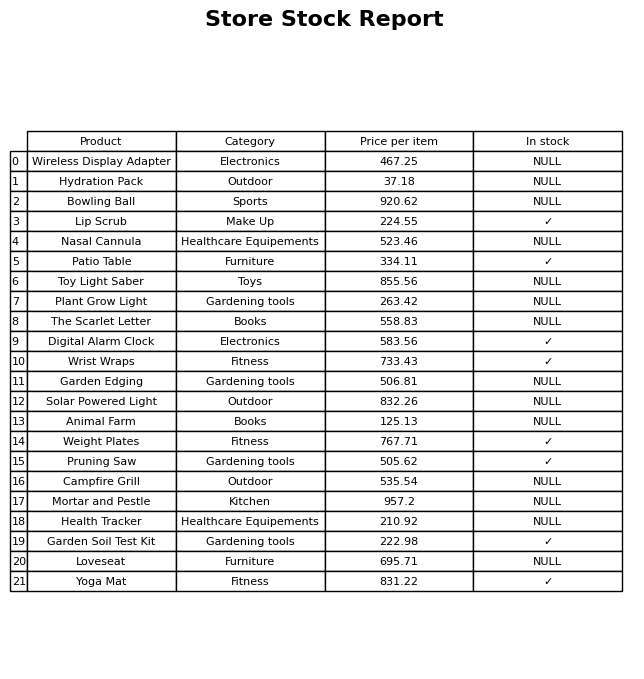
question: What is the price of the Mortar and Pestle?
answer: The price of Mortar and Pestle is 957.2.